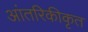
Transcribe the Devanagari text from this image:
आंतरिकीकृत